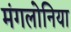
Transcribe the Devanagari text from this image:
मंगलोनिया